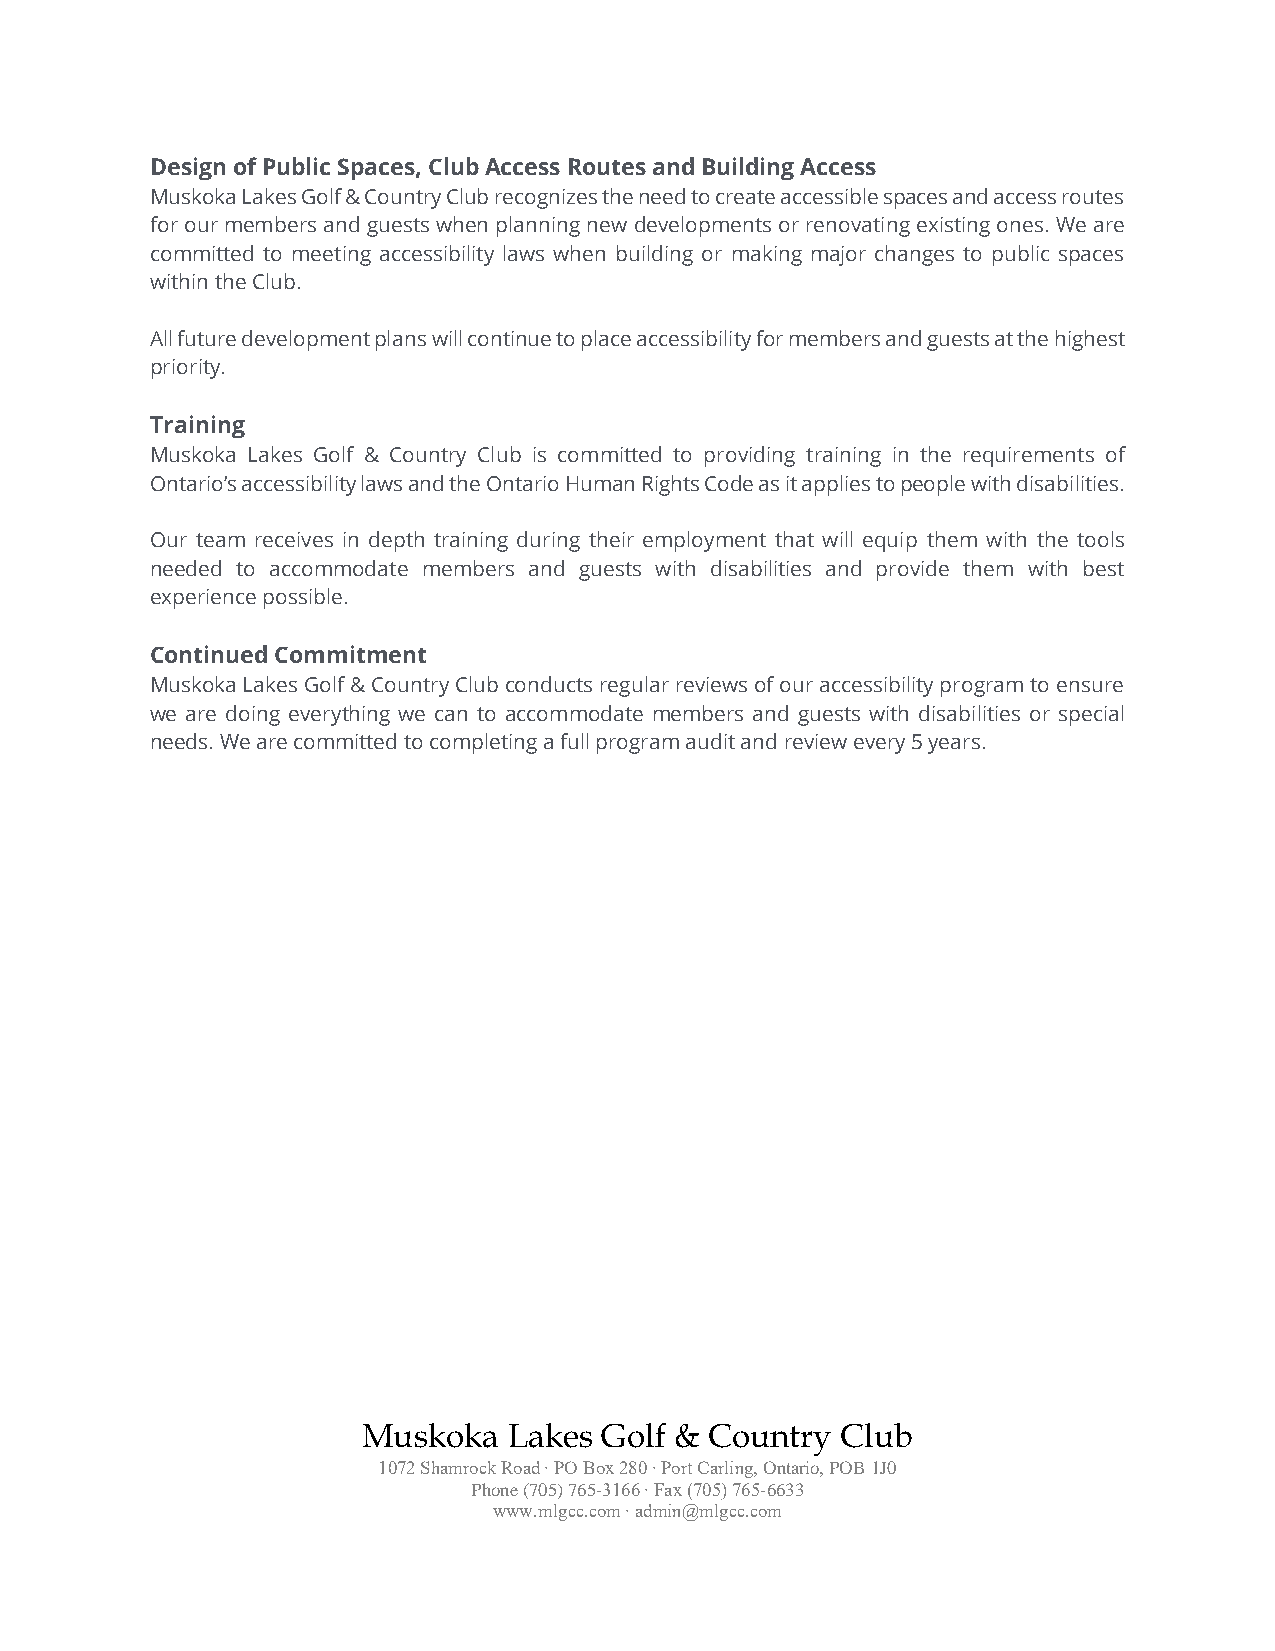
Design of Public Spaces, Club Access Routes and Building Access
 Muskoka Lakes Golf & Country Club recognizes the need to create accessible spaces and access routes
 for our members and guests when planning new developments or renovating existing ones. We are
 committed to meeting accessibility laws when building or making major changes to public spaces
 within the Club.
 All future development plans will continue to place accessibility for members and guests at the highest
 priority.
 Training
 Muskoka Lakes Golf & Country Club is committed to providing training in the requirements of
 Ontario’s accessibility laws and the Ontario Human Rights Code as it applies to people with disabilities.
 Our team receives in depth training during their employment that will equip them with the tools
 needed to accommodate members and guests with disabilities and provide them with best
 experience possible.
 Continued Commitment
 Muskoka Lakes Golf & Country Club conducts regular reviews of our accessibility program to ensure
 we are doing everything we can to accommodate members and guests with disabilities or special
 needs. We are committed to completing a full program audit and review every 5 years.
 Muskoka   Lakes Golf & Country  Club
 1072 Shamrock Road ∙ PO Box 280 ∙ Port Carling, Ontario, POB 1J0
 Phone (705) 765-3166 ∙ Fax (705) 765-6633
 www.mlgcc.com ∙ admin@mlgcc.com